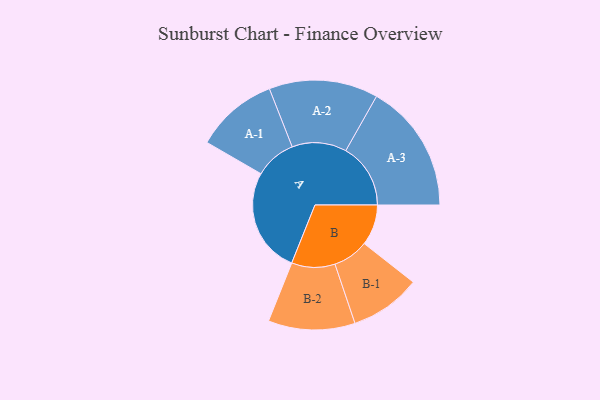
{"axis": {"x": "Segment", "y": "Value"}, "legend": ["", "A", "B"], "data": [{"x": "A", "y": 482, "type": ""}, {"x": "B", "y": 187, "type": ""}, {"x": "A-1", "y": 189, "type": "A"}, {"x": "A-2", "y": 250, "type": "A"}, {"x": "A-3", "y": 297, "type": "A"}, {"x": "B-1", "y": 163, "type": "B"}, {"x": "B-2", "y": 199, "type": "B"}]}